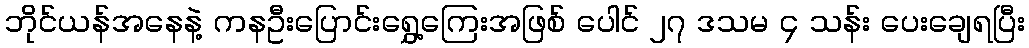
ဘိုင်ယန်အနေနဲ့ ကနဦးပြောင်းရွှေ့ကြေးအဖြစ် ပေါင် ၂၇ ဒသမ ၄ သန်း ပေးချေရပြီး